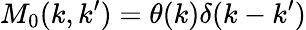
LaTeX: M_{0}(k,k^{\prime})=\theta(k)\delta(k-k^{\prime})